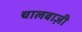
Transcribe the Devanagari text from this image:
चालबाज़ी